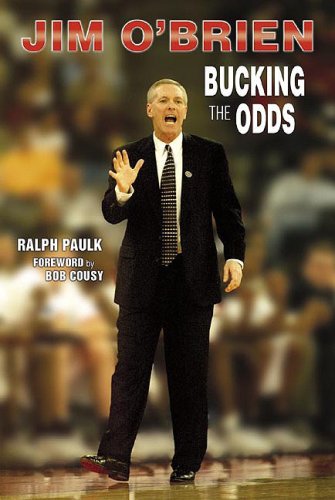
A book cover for Jim O'Brien: Bucking the Odds; Ralph Paulk; Sports & Outdoors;